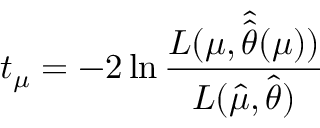
t _ { \mu } = - 2 \ln \frac { L ( \mu , \hat { \hat { \boldsymbol { \theta } } } ( \mu ) ) } { L ( \hat { \mu } , \hat { \boldsymbol { \theta } } ) }